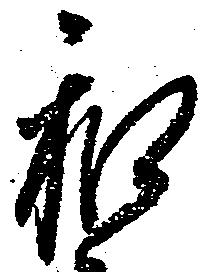
和